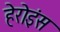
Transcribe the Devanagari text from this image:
हेरोइंस